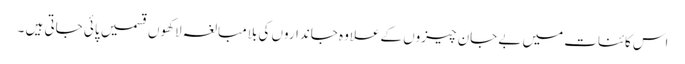
اس کائنات میں بے جان چیزوں کےعلاوہ جانداروں کی بلامبالغہ لاکھوں قسمیں پائی جاتی ہیں ۔